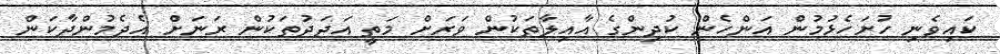
ކައިވެނި ހުށަހެޅުމުން އަންހެން ކުދިންގެ އާއިލާތަކުން ވަރަށް މަތީ އަދަދުތަކުން ރަނަށް އެދެމުންދާކަން